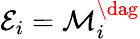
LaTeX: \mathcal{E}_{i}=\mathcal{M}_{i}^{\dag}